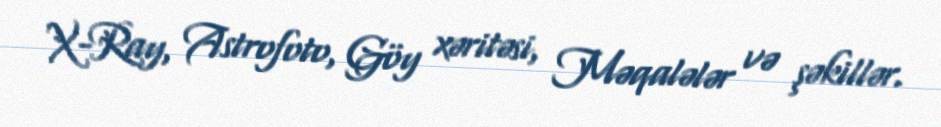
X-Ray, Astrofoto, Göy xəritəsi, Məqalələr və şəkillər.